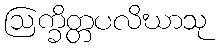
ဩက္ခိတ္တပလိဃာသု